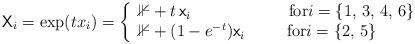
LaTeX: \begin{align*}\mathsf{X}_i=\exp(tx_i)=\left\{\begin{array}{lr}\mathbb{1}+t\,\mathsf{x}_i \qquad\qquad\qquad\mbox{for}i=\{1,\,3,\,4,\,6\} \\ \mathbb{1}+(1-e^{-t})\mathsf{x}_i \qquad\;\;\mbox{for}i=\{2,\,5\}\end{array}\right.\end{align*}